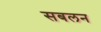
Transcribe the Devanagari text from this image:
सबलन